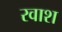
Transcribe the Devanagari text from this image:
रवाश